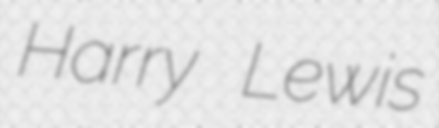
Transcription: Harry Lewis